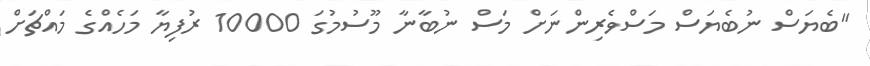
"ބެޔަސް ނުބެޔަސް މަސްވެރިންނަށް މަސް ނުބާނާ މޫސުމުގަ 10000 ރުފިޔާ މަހެއްގެ މައްޗަށް